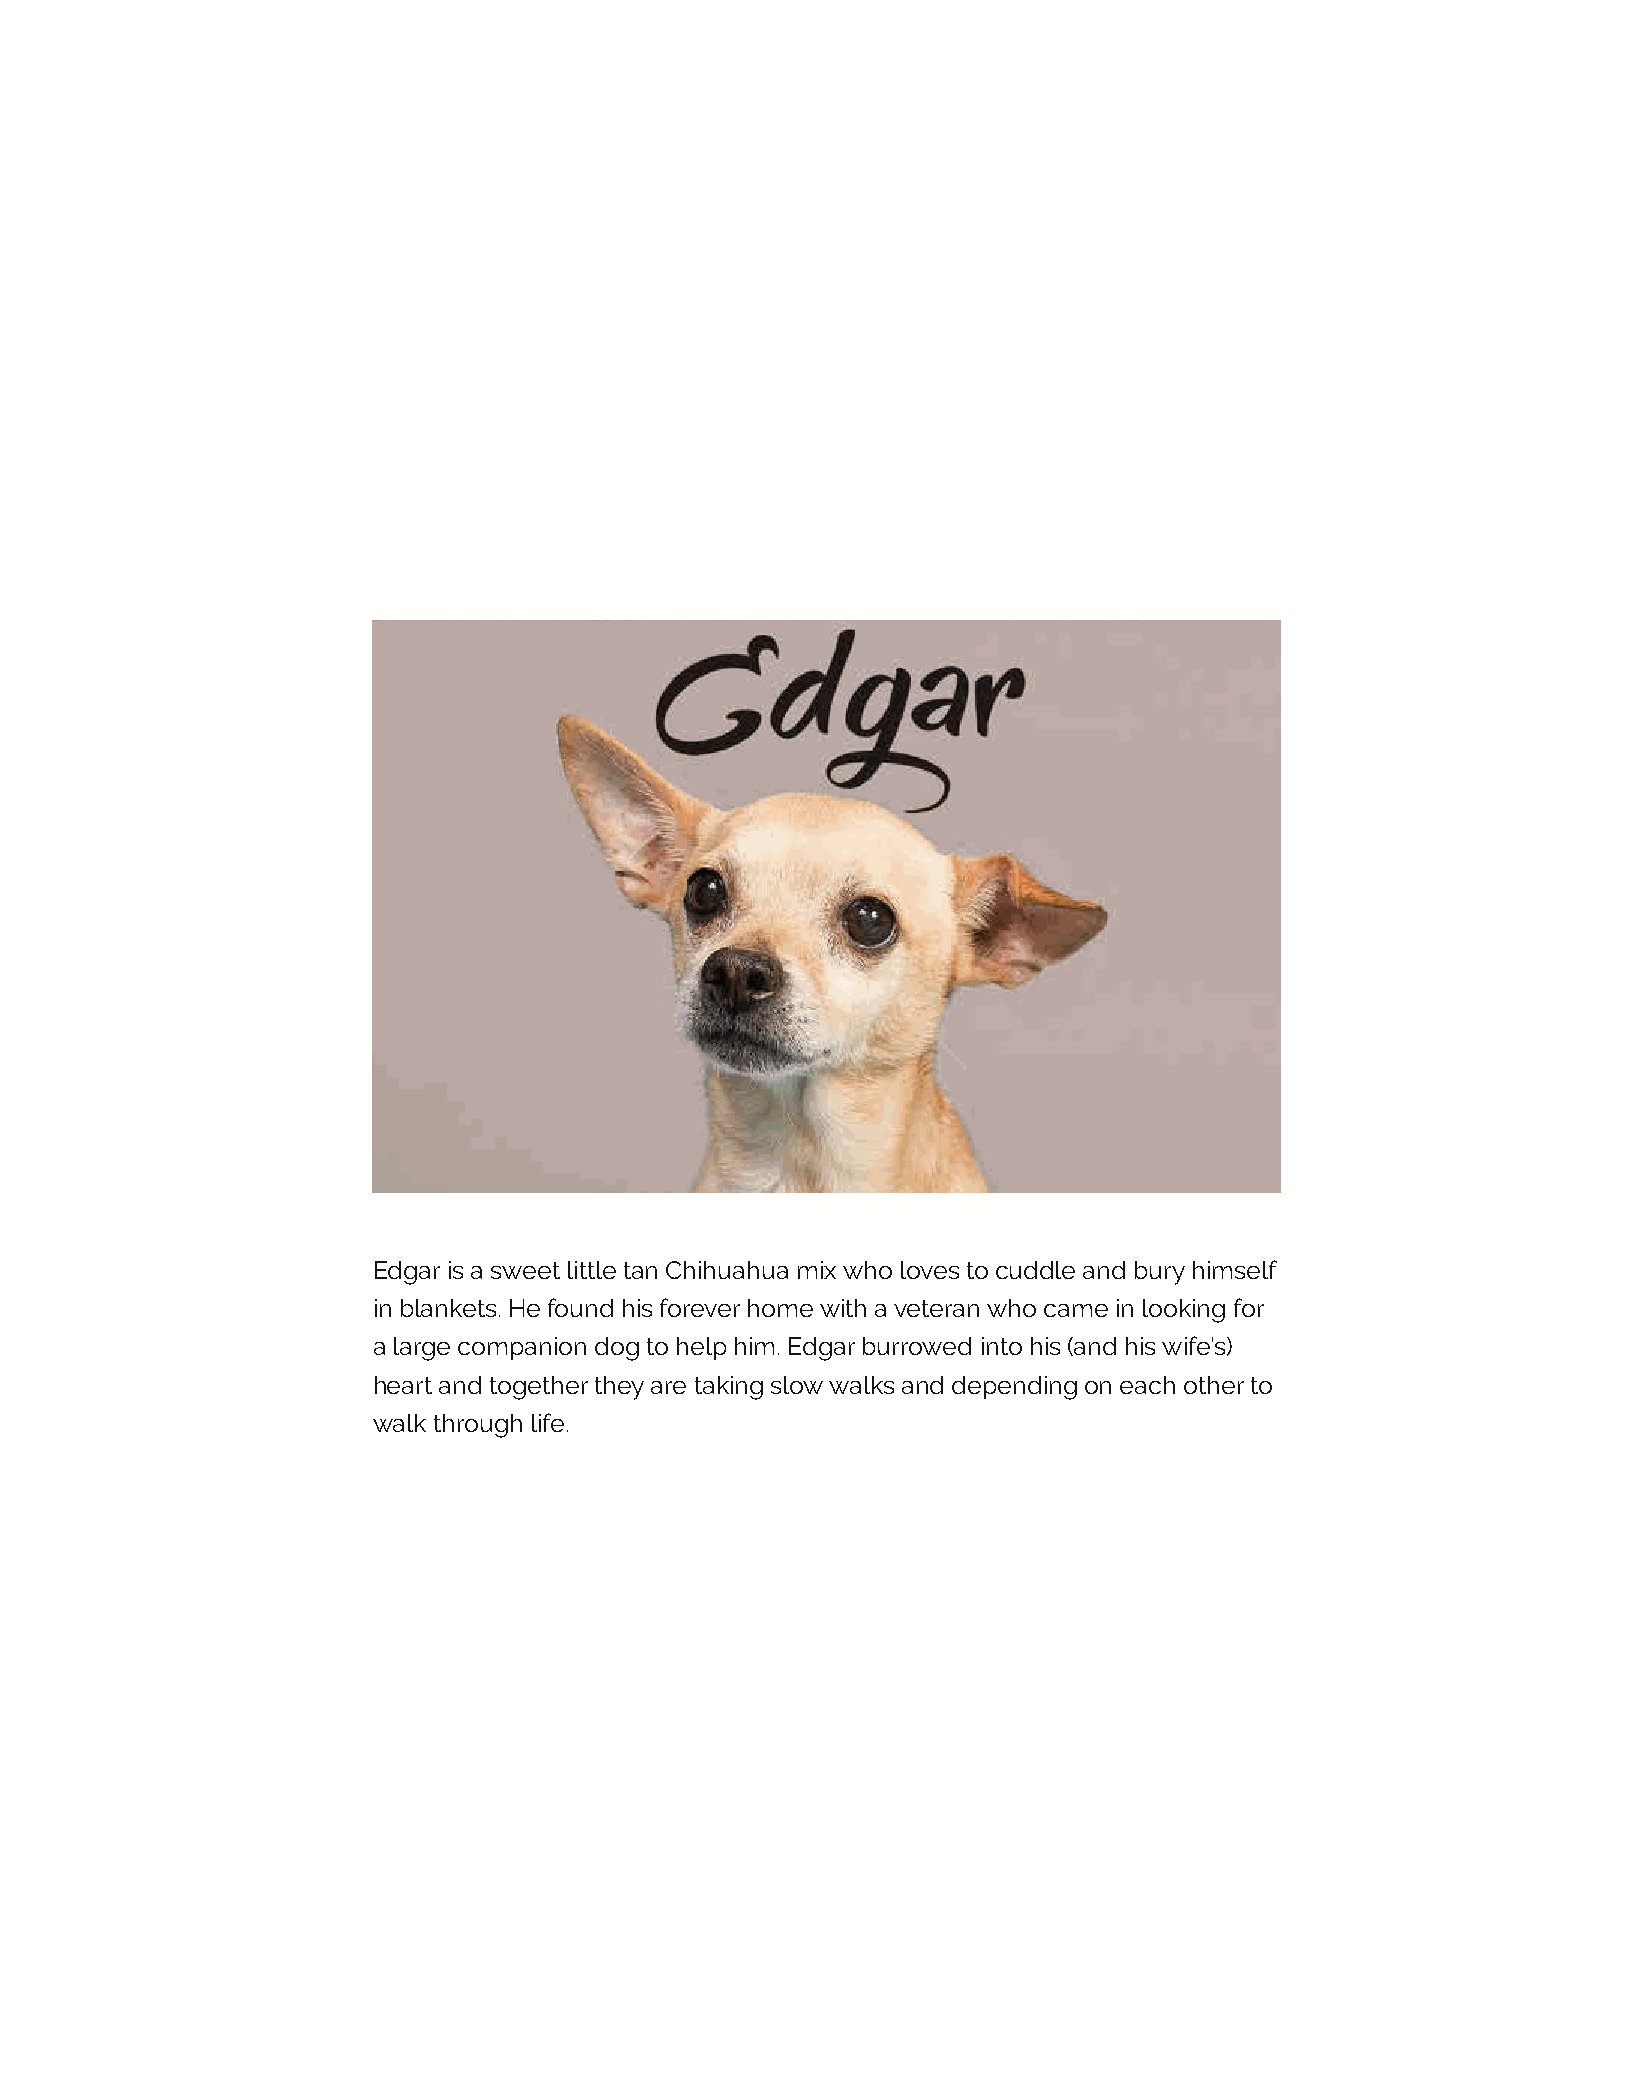
Edgar is a sweet little tan Chihuahua mix who loves to cuddle and bury himself
 in blankets. He found his forever home with a veteran who came in looking for
 a large companion dog to help him. Edgar burrowed into his (and his wife’s)
 heart and together they are taking slow walks and depending on each other to
 walk through life.